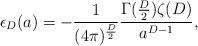
LaTeX: \begin{align*}\epsilon_D(a)=-\frac{1}{(4\pi)^{\frac{D}{2}}} \frac{\Gamma(\frac{D}{2})\zeta(D)}{a^{D-1}},\end{align*}